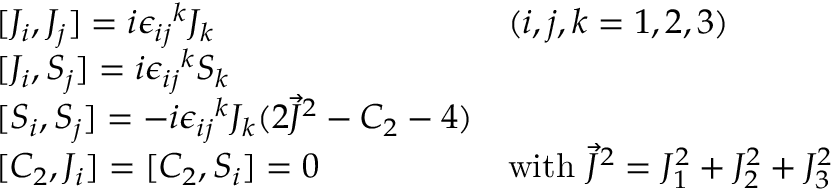
\begin{array} { l l } { { { [ } J _ { i } , J _ { j } ] = i { \epsilon _ { i j } } ^ { k } J _ { k } } } & { { ( i , j , k = 1 , 2 , 3 ) } } \\ { { { [ } J _ { i } , S _ { j } ] = i { \epsilon _ { i j } } ^ { k } S _ { k } } } & { { } } \\ { { { [ } S _ { i } , S _ { j } ] = - i { \epsilon _ { i j } } ^ { k } J _ { k } ( 2 \vec { J } ^ { 2 } - C _ { 2 } - 4 ) } } & { { } } \\ { { { [ } C _ { 2 } , J _ { i } ] = [ C _ { 2 } , S _ { i } ] = 0 } } & { { \mathrm { w i t h ~ } \vec { J } ^ { 2 } = J _ { 1 } ^ { 2 } + J _ { 2 } ^ { 2 } + J _ { 3 } ^ { 2 } } } \end{array}